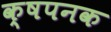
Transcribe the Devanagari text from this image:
क्षपनक